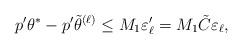
LaTeX: \begin{align*}p'\theta^*-p'\tilde\theta^{(\ell)}\le M_1 \varepsilon'_\ell= M_1\tilde C\varepsilon_\ell,\end{align*}